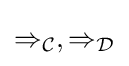
\Rightarrow _{\mathcal {C}},\Rightarrow _{\mathcal {D}}